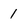
Character: 1